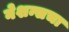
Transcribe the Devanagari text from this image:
नेशन्सचा